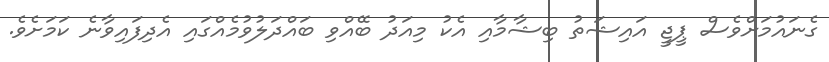
ގެނައުމަށްވެސް ޕީޖީ އައިޝަތު ބިޝާމާއި އެކު މިއަދު ބޭއްވި ބައްދަލުވުމެއްގައި އެދިފައިވާނެ ކަމަށެވެ.